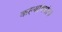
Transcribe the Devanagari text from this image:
कल्याणमंटप